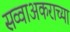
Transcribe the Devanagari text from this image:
सव्वाअकराच्या